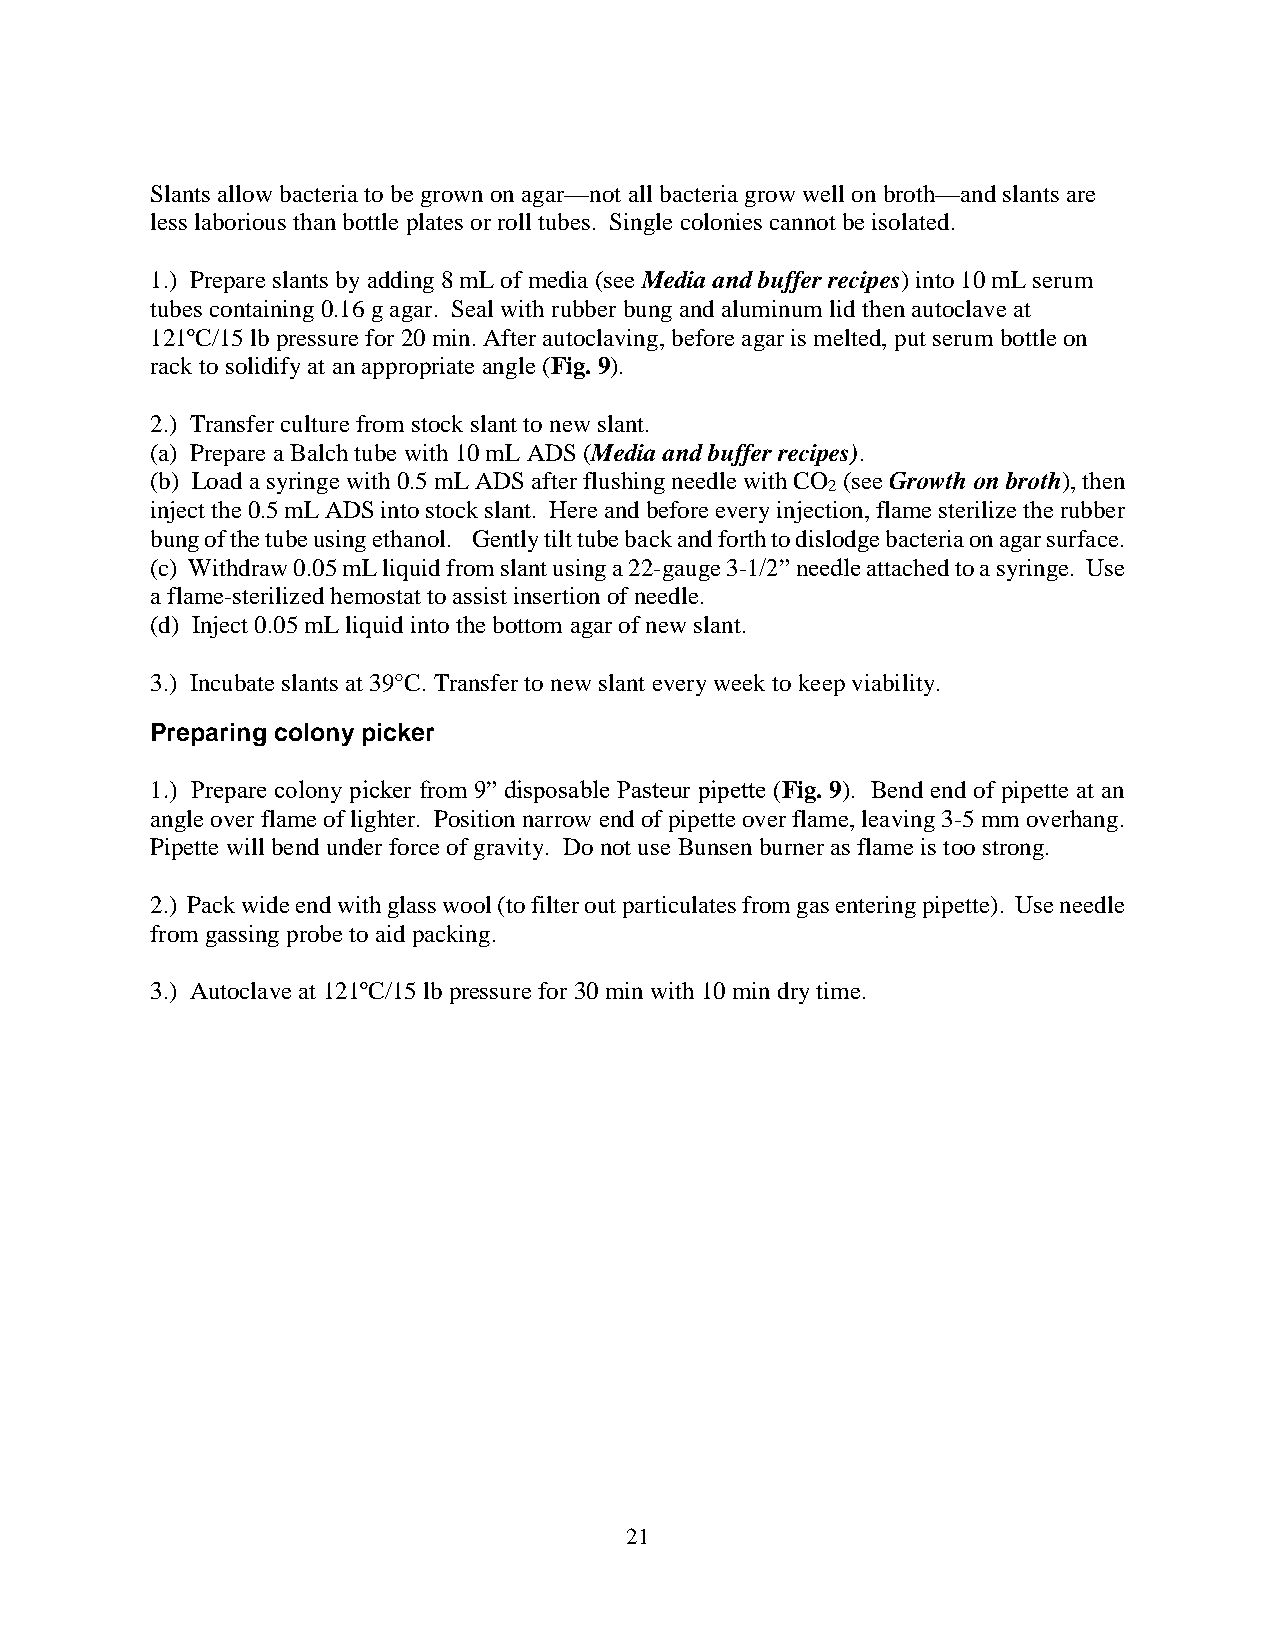
Slants allow bacteria to be grown on agar—not all bacteria grow well on broth—and slants are
 less laborious than bottle plates or roll tubes. Single colonies cannot be isolated.
 1.) Prepare slants by adding 8 mL of media (see Media and buffer recipes) into 10 mL serum
 tubes containing 0.16 g agar. Seal with rubber bung and aluminum lid then autoclave at
 121ºC/15 lb pressure for 20 min. After autoclaving, before agar is melted, put serum bottle on
 rack to solidify at an appropriate angle (Fig. 9).
 2.) Transfer culture from stock slant to new slant.
 (a) Prepare a Balch tube with 10 mL ADS (Media and buffer recipes).
 (b) Load a syringe with 0.5 mL ADS after flushing needle with CO (see Growth on broth), then
 2
 inject the 0.5 mL ADS into stock slant. Here and before every injection, flame sterilize the rubber
 bung of the tube using ethanol. Gently tilt tube back and forth to dislodge bacteria on agar surface.
 (c) Withdraw 0.05 mL liquid from slant using a 22-gauge 3-1/2” needle attached to a syringe. Use
 a flame-sterilized hemostat to assist insertion of needle.
 (d) Inject 0.05 mL liquid into the bottom agar of new slant.
 3.) Incubate slants at 39°C. Transfer to new slant every week to keep viability.
 Preparing colony picker
 1.) Prepare colony picker from 9” disposable Pasteur pipette (Fig. 9). Bend end of pipette at an
 angle over flame of lighter. Position narrow end of pipette over flame, leaving 3-5 mm overhang.
 Pipette will bend under force of gravity. Do not use Bunsen burner as flame is too strong.
 2.) Pack wide end with glass wool (to filter out particulates from gas entering pipette). Use needle
 from gassing probe to aid packing.
 3.) Autoclave at 121ºC/15 lb pressure for 30 min with 10 min dry time.
 21